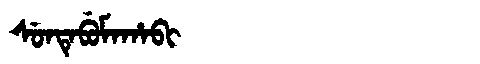
Manchu: ᠰᡠᠨᡨᡝᠪᡠᠮᠠᡥᠠᠪᡳ
Romanization: SUNTEBUMAHABI